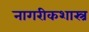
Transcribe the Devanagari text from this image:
नागरीकशास्त्र